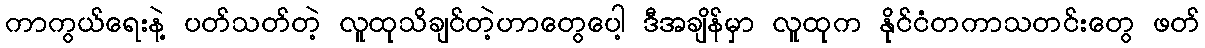
ကာကွယ်ရေးနဲ့ ပတ်သတ်တဲ့ လူထုသိချင်တဲ့ဟာတွေပေါ့ ဒီအချိန်မှာ လူထုက နိုင်ငံတကာသတင်းတွေ ဖတ်